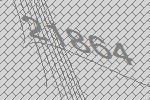
21864